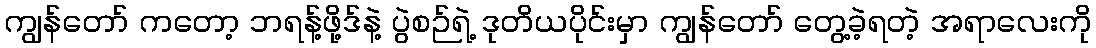
ကျွန်တော် ကတော့ ဘရန့်ဖို့ဒ်နဲ့ ပွဲစဉ်ရဲ့ ဒုတိယပိုင်းမှာ ကျွန်တော် တွေ့ခဲ့ရတဲ့ အရာလေးကို